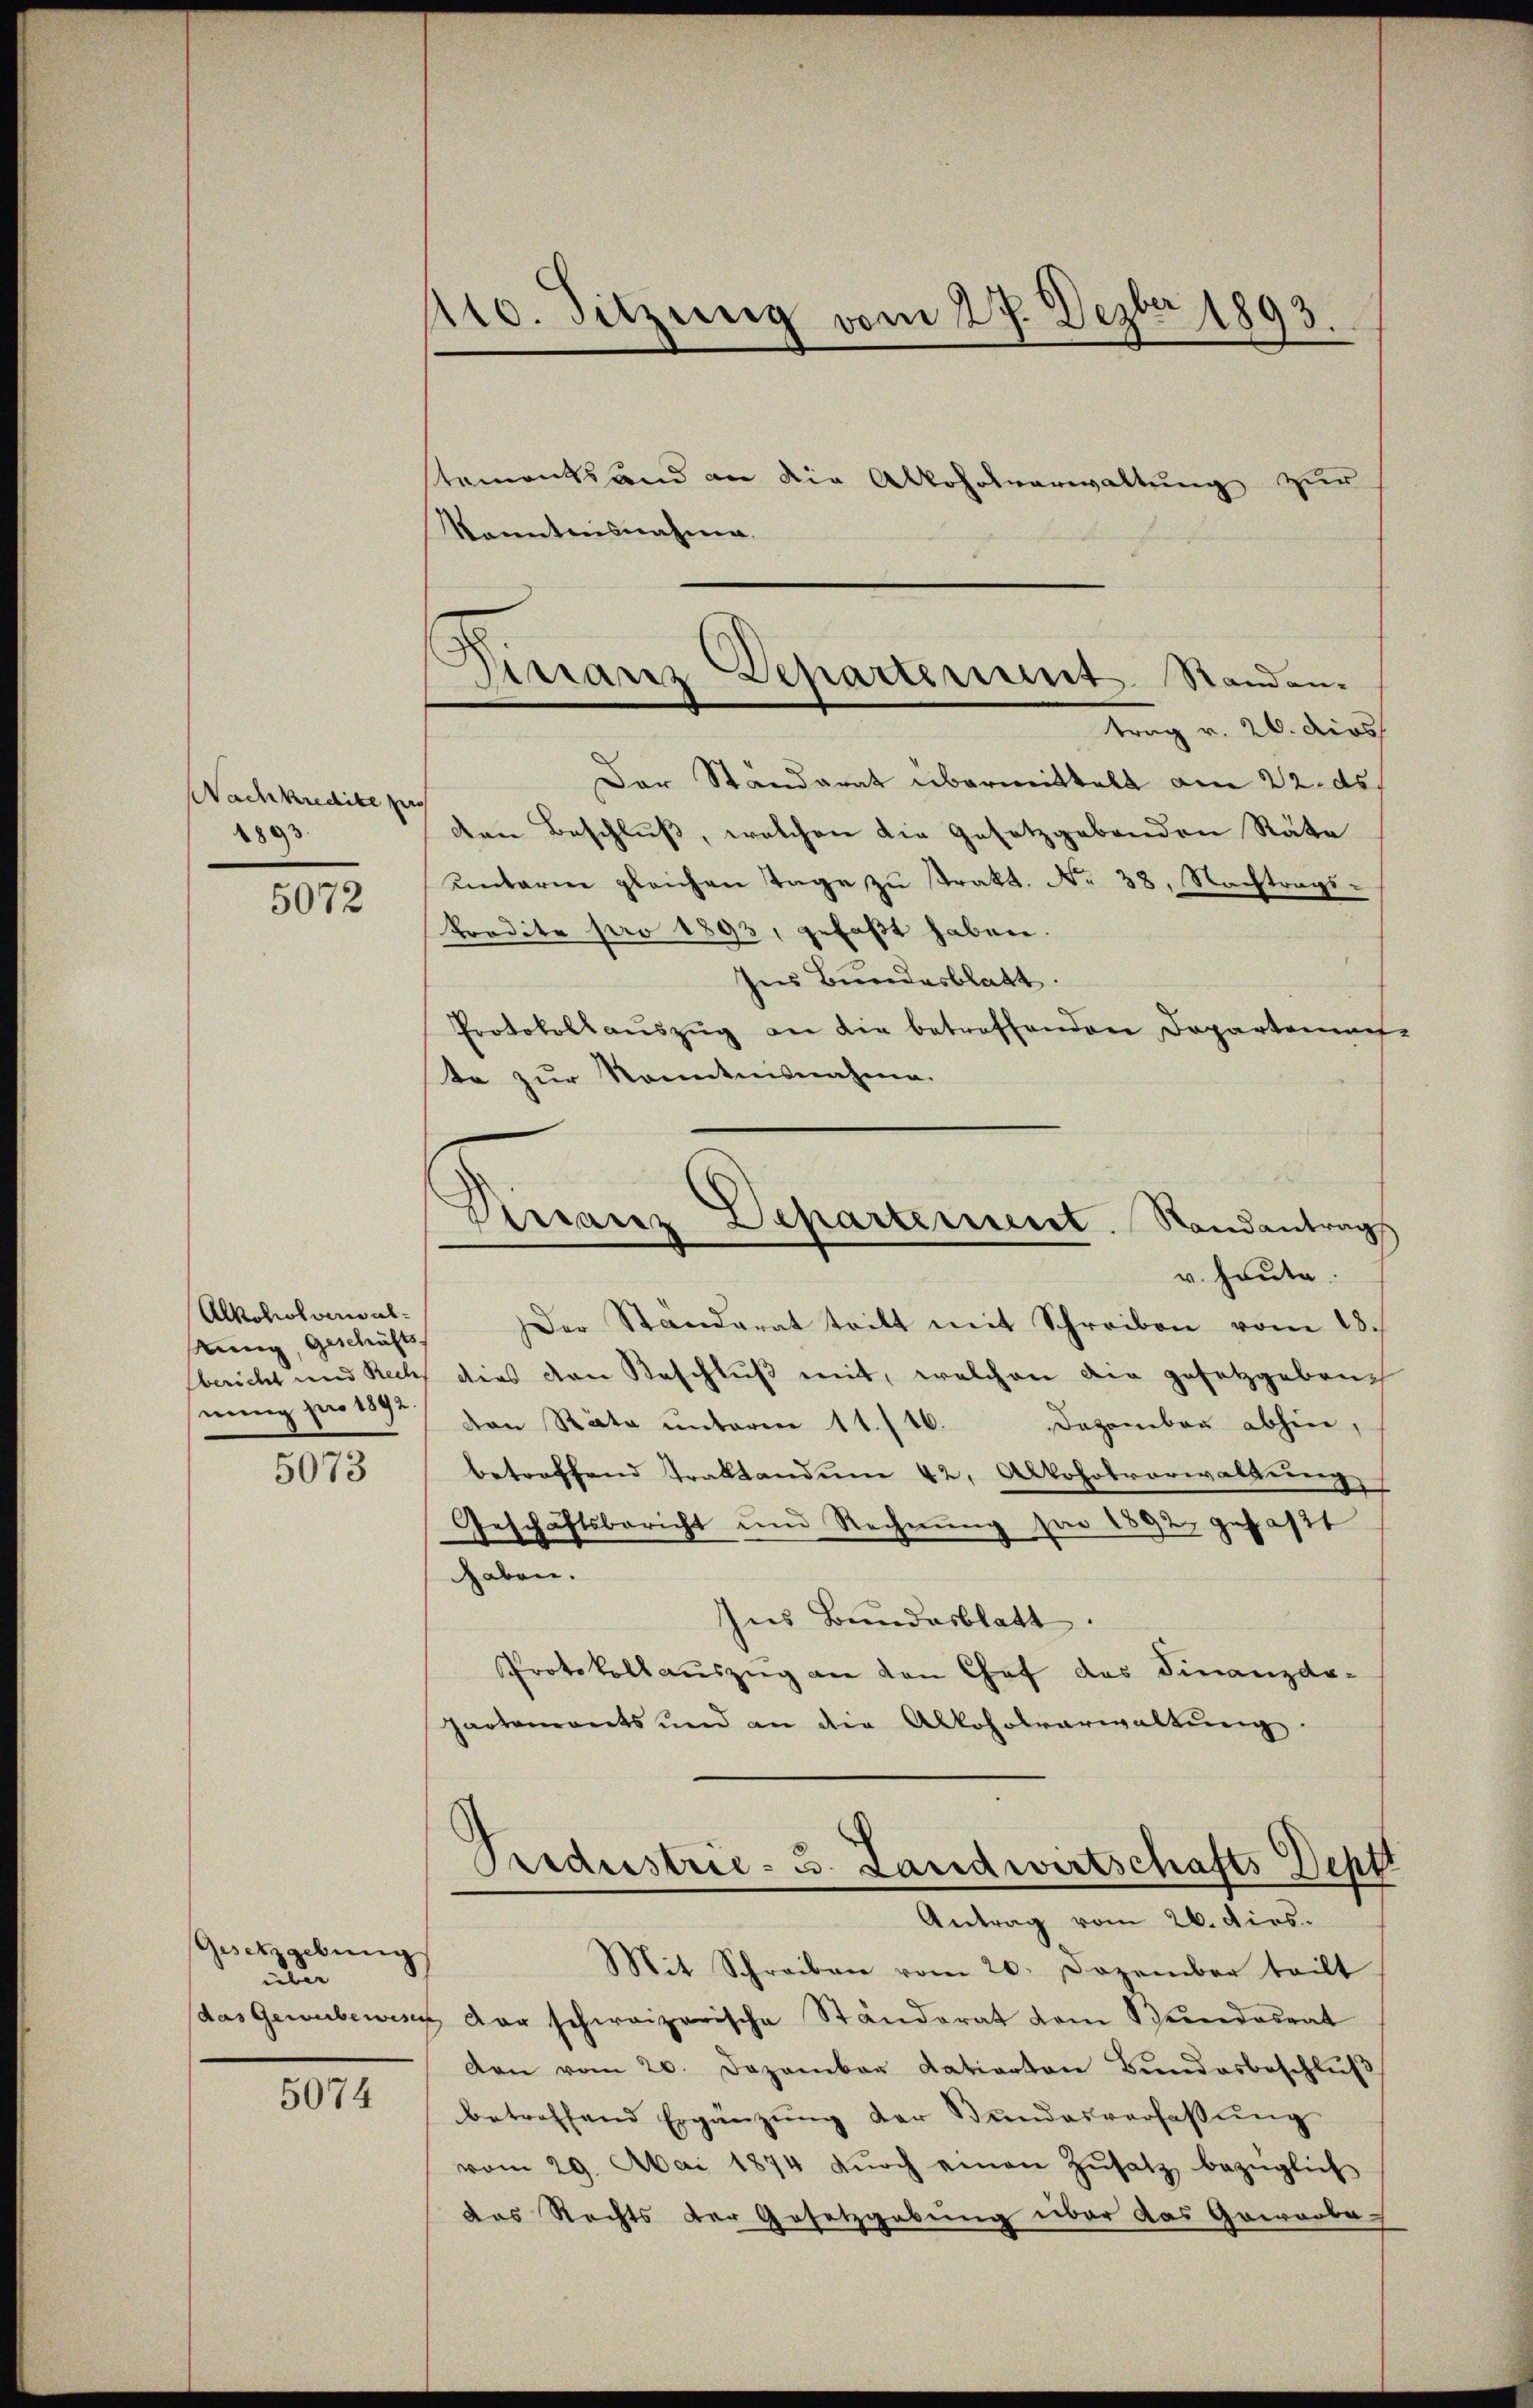
Wachkredite zu
1893.

5072

Alkoholverwal¬
Keinig, Geschäfts
nung pro 1892.

5073

Gesetzgebung
über

5074

110. Sitzung vom 27. Dezbr 1893.
tementstand an die Alkoholverwaltung zur
kanntensnahme.

Der Standerat übermittelt am 22. ds.
den Beschluß, welchen die Gesetzgebenden Räte
unterm gleichen Tage zu trakt. No 38. Nachtrags¬
Prodite pro 1893, gefaßt haben.
Ins Bundesblatt.
Protokollaŭszŭg an die betreffenden Dopartenauf-
te zur Kenntnisnahme.
Dirranz Departement. Randantrag
v. heute.
Der Ständerat tritt mit Schreiben vom 28.
sbericht und Recht dies den Beschlŭβ mit, welchen die gesetzgebenvon Räte unterm 11./16. Dezember abhin,
betreffend Traktandum 42. Alkoholverwaltung
Geschäftsbericht und Rechnŭng per 1892 gefaßt
haben.
Ins Bundesblatt.
Protokollauszug an den Chef das Finanzdehartements und an die Alkoholverwaltŭng.

Arranz Departement Standen.
trag v. 26. dies

Oredestrie- u. Landwirtschafts Deptt
Antrag vom 26. dies.
Mit Schreiben vom 20. Dezember teilt

das Gewerbewenz der schweizerische Ständerat vom Bundesrat
den vom 20. Dezember datierten Bŭndesbeschlŭβ
betreffend Ergänzŭng der Bŭndesverfassŭng
vom 29. Mai 1874 dŭrch einen Zŭsatz bezüglich
das Rechts der Gesetzgebung über das Geworbe-